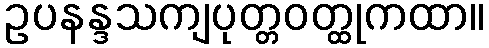
ဥပနန္ဒသကျပုတ္တဝတ္ထုကထာ။